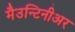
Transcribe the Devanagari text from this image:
मैउन्टिनीअर